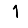
Digit: 1